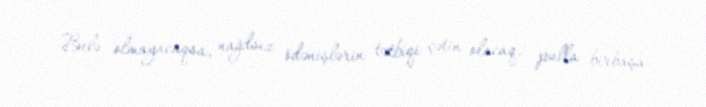
Belə olmayacaqsa, nağdsız ödənişlərin tətbiqi çətin olacaq, pulla birbaşa